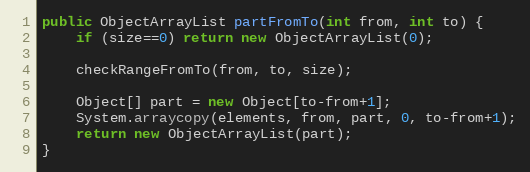
Language: Java
public ObjectArrayList partFromTo(int from, int to) {
	if (size==0) return new ObjectArrayList(0);

	checkRangeFromTo(from, to, size);

	Object[] part = new Object[to-from+1];
	System.arraycopy(elements, from, part, 0, to-from+1);
	return new ObjectArrayList(part);
}